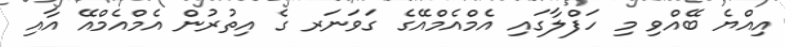
އިއްޔެ ބޭއްވި މި ހަފްލާގައި އެމްއެމްއޭގެ ގަވަނަރ ގެ އިތުރުން އެމްއެމްއޭ އާއި